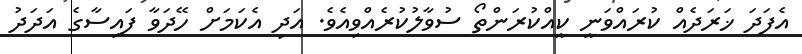
އެފަދަ ޚަރަދެއް ކުރައްވަނީ ކީއްކުރަންތޯ ސުވާލުކުރެއްވިއެވެ. އަދި އެކަމަށް ހޭދަވާ ފައިސާގެ އަދަދު